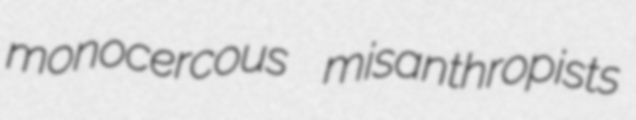
monocercous misanthropists